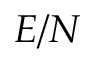
E / N